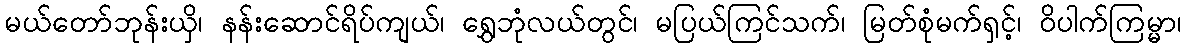
မယ်တော်ဘုန်းယှိ၊ နန်းဆောင်ရိပ်ကျယ်၊ ရွှေဘုံလယ်တွင်၊ မပြယ်ကြင်သက်၊ မြတ်စုံမက်ရှင့်၊ ဝိပါက်ကြမ္မာ၊